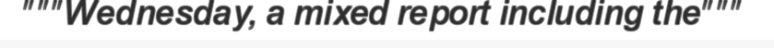
"""Wednesday, a mixed report including the"""